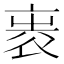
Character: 𧙵